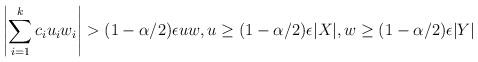
LaTeX: \begin{align*} \left| \sum_{i=1}^k c_i u_i w_i \right| > (1 - \alpha/2)\epsilon u w, u \ge (1-\alpha/2)\epsilon |X|, w \ge (1-\alpha/2)\epsilon |Y|\end{align*}